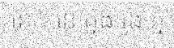
នោះ នៅក្នុង រូង ភ្នំ